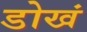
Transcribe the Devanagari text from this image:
डोखं